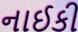
નાઈકી